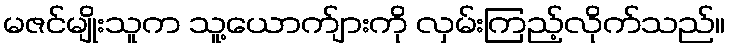
မဇင်မျိုးသူက သူ့ယောက်ျားကို လှမ်းကြည့်လိုက်သည်။